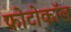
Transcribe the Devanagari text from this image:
फोटोकॉल